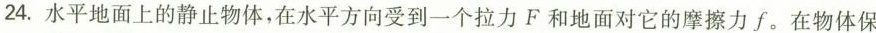
24.水平地面上的静止物体，在水平方向受到一个拉力F和地面对它的摩擦力f。在物体保